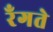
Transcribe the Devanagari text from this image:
रँगते